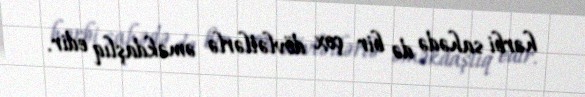
hərbi sahədə də bir çox dövlətlərlə əməkdaşlıq edir.